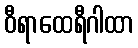
ဝီရာထေရီဂါထာ